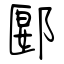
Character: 郾